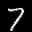
Label: 7